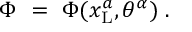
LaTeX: \Phi \ = \ \Phi ( x _ { \mathrm { L } } ^ { a } , \theta ^ { \alpha } ) \ .